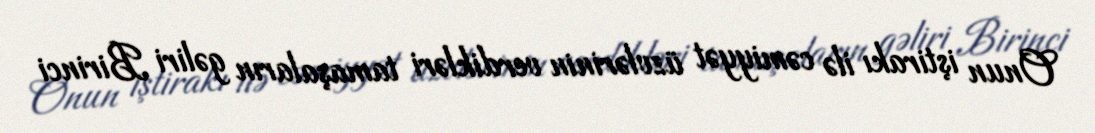
Onun iştirakı ilə cəmiyyət üzvlərinin verdikləri tamaşaların gəliri Birinci